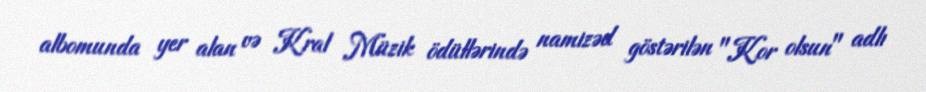
albomunda yer alan və Kral Müzik ödüllərində namizəd göstərilən "Kor olsun" adlı